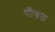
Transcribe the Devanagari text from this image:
पीवत